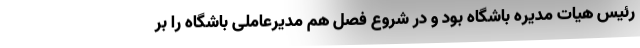
رئیس هیات مدیره باشگاه بود و در شروع فصل هم مدیرعاملی باشگاه را بر